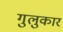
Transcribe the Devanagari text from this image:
गुलुकार